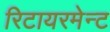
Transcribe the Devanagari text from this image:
रिटायरमेन्ट